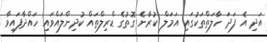
އަދި އެ ފަދަ ހާލަތްތަކުގައި އަމަލް ކުރާނެ ގޮތުގެ ޑްރިލްތައް ކުދިންލައްވައި ހައްދާފައިވާ